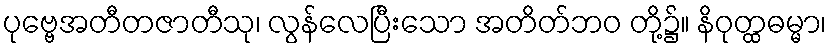
ပုဗ္ဗေအတီတဇာတီသု၊ လွန်လေပြီးသော အတိတ်ဘဝ တို့၌။ နိဝုတ္ထဓမ္မာ၊